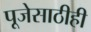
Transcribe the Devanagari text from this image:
पूजेसाठीही